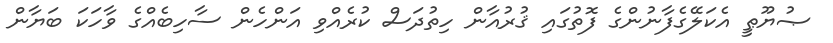
ޞުޔޫޠީ އެކަލޭގެފާނުންގެ ފޮތުގައި ޤުރުއާން ހިތުދަސް ކުރެއްވި އަންހެން ސާހިބެއްގެ ވާހަކަ ބަޔާން